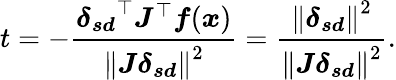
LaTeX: t=-{\frac{{\boldsymbol{\delta_{sd}}}^{\top}{\boldsymbol{J}}^{\top}{\boldsymbol{f}}({\boldsymbol{x}})}{\left\| {\boldsymbol{J}}{\boldsymbol{\delta_{sd}}}\right\| ^{2}}}={\frac{\left\| {\boldsymbol{\delta_{sd}}}\right\| ^{2}}{\left\| {\boldsymbol{J}}{\boldsymbol{\delta_{sd}}}\right\| ^{2}}}.